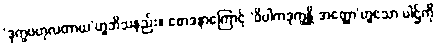
‘ဒုက္ခဗဟုလတာယ’ဟူဘိသနည်း။ စောဒနာကြောင့် ‘ဝိပါကဒုက္ခန္တိ အတ္ထော’ဟူသော ပါဌ်ကို